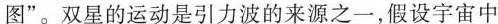
图”。双星的运动是引力波的来源之一，假设宇宙中